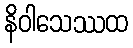
နိဝါသေဿထ